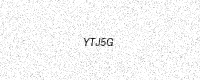
Text: YTJ5G